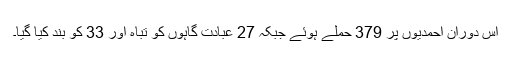
اس دوران احمدیوں پر 379 حملے ہوئے جبکہ 27 عبادت گاہوں کو تباہ اور 33 کو بند کیا گیا۔